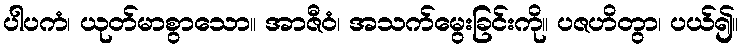
ပါပကံ၊ ယုတ်မာစွာသော။ အာဇီဝံ၊ အသက်မွေးခြင်းကို။ ပဇဟိတွာ၊ ပယ်၍။